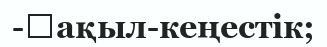
-	ақыл-кеңестік;